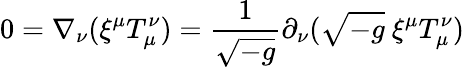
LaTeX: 0=\nabla_{\nu}(\xi^{\mu}T_{\mu}^{\nu})={\frac{1}{\sqrt{-g}}}\partial_{\nu}({\sqrt{-g}}\ \xi^{\mu}T_{\mu}^{\nu})